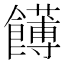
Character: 𩟛